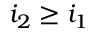
i _ { 2 } \ge i _ { 1 }